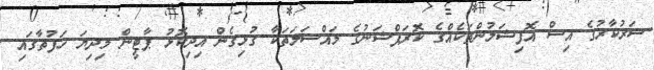
ސަރުކާރުގެ އިސް އޮފިޝަލުންތަކެއްގެ ކޮރަޕްޝަނުގެ މައްސަލަތަކާ ގުޅިގެން އިދިކޮޅު ޕާޓީން މިދިޔަ ހަފުތާގައި